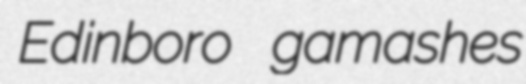
Edinboro gamashes